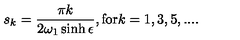
s _ { k } = \frac { \pi k } { 2 \omega _ { 1 } \sinh \epsilon } , \mathrm { f o r } k = 1 , 3 , 5 , . . . .